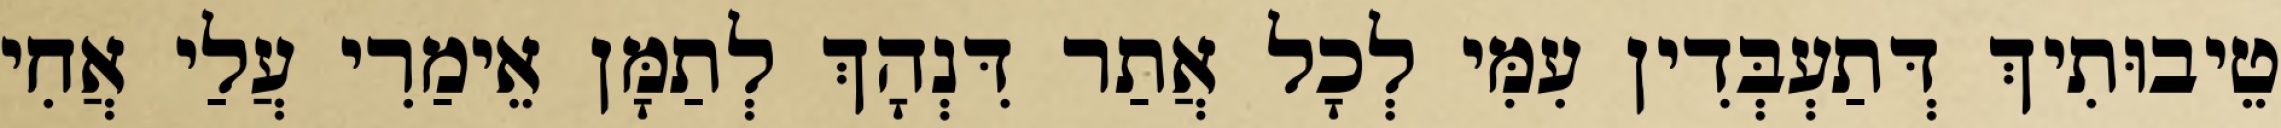
טֵיבוּתִיךְ דְּתַעְבְּדִין עִמִּי לְכָל אֲתַר דִּנְהָךְ לְתַמָּן אֵימַרִי עֲלַי אֲחִי